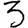
Digit: 3